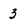
Character: 3